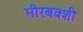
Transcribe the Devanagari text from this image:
मीरबक्शी